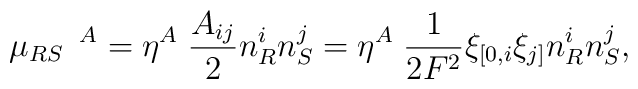
\mu_{RS}\hspace*{2mm}^{A}=\eta^A\;\frac{A_{ij}}{2}n^{i}_R n^{j}_S=\eta^{A}\;\frac{1}{2F^2}\xi_{[0,i}\xi_{j]}n^{i}_R n^{j}_S,